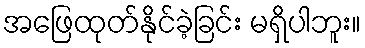
အဖြေထုတ်နိုင်ခဲ့ခြင်း မရှိပါဘူး။